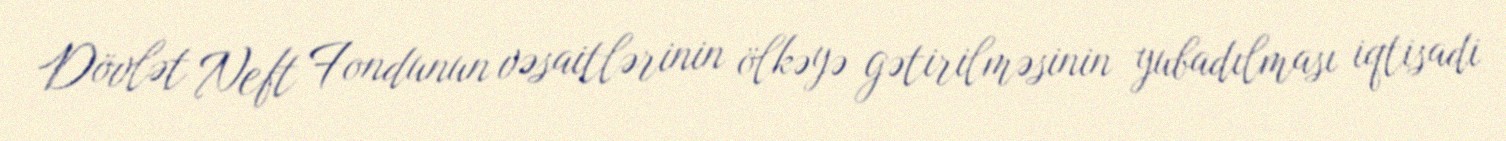
Dövlət Neft Fondunun vəsaitlərinin ölkəyə gətirilməsinin yubadılması iqtisadi